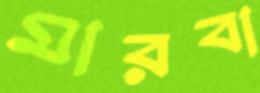
মারবা